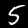
Label: 5